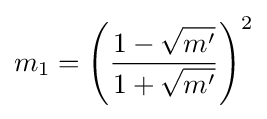
m_{1}=\left({\frac {1-{\sqrt {m'}}}{1+{\sqrt {m'}}}}\right)^{2}